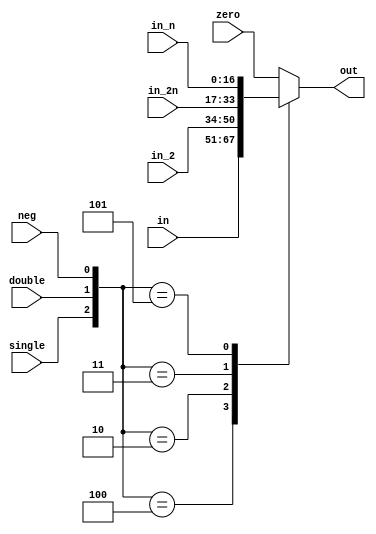
// Title: Booth Selector V 1.0 (No Changelog)
// Updated: Janurary 10, 2022
//---------------------------------------------------------------------------
// This is a Verilog file that define a Modified Booth Selector for radix-4
// partial product generation
//
//---------------------------------------------------------------------------
`default_nettype none

module boothSel #(parameter WIDTH = 16) (
    input wire  single,                     // The single input to the Selector
    input wire  double,                     // The double input to the Selector
    input wire  neg,                        // The neg input to the Selector
    input wire  [WIDTH:0] in,             // The input to the Selector
    input wire  [WIDTH:0] in_n,           // The input to the Selector
    input wire  [WIDTH:0] in_2,           // The input to the Selector
    input wire  [WIDTH:0] in_2n,          // The input to the Selector
    input wire  [WIDTH:0] zero,           // The input to the Selector
    output  reg [WIDTH:0] out     // The output to the Selector
);

    always @(*) begin
            // This genrates the outputs to the Selector
        case ({single, double, neg})
            3'b000: out = zero;
            3'b100: out = in;
            3'b010: out = in_2;
            3'b011: out = in_2n;
            3'b101: out = in_n;
            3'b001: out = zero;
            default: out = zero;
        endcase
    end
    
endmodule

`default_nettype wire